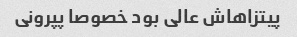
پیتزاهاش عالی بود خصوصا پپرونی